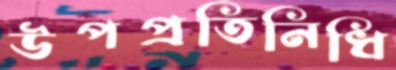
উপপ্রতিনিধি